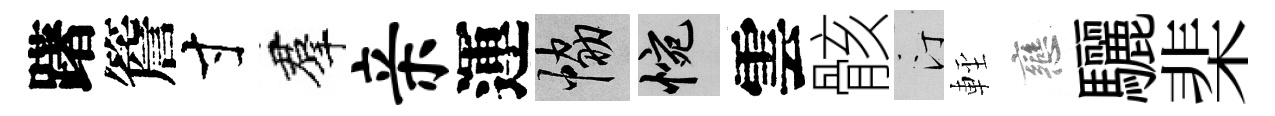
躇簷寸羣亲運協惋雲骸汀䡖戀驪棐